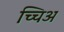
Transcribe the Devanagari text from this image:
च्चिअ